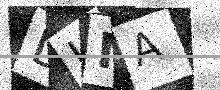
Text: DUNA